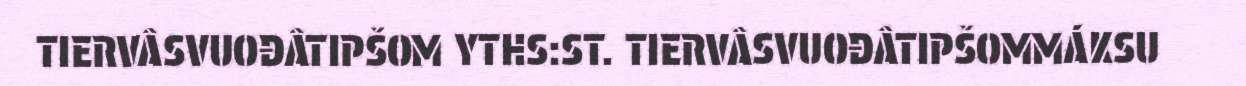
TIERVÂSVUOĐÂTIPŠOM YTHS:ST. TIERVÂSVUOĐÂTIPŠOMMÁKSU